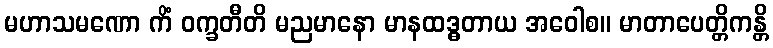
မဟာသမဏော ကိံ ဝက္ခတီတိ မညမာနော မာနထဒ္ဓတာယ အဝေါစ။ မာတာပေတ္တိကန္တိ